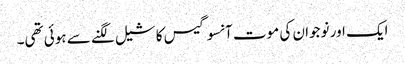
ایک اور نوجوان کی موت آنسو گیس کا شیل لگنے سے ہوئی تھی۔